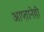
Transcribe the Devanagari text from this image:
आप्तानेही